Lunatic asylums United Provinces 1909-1921 - 1909-1921
Year: 1909
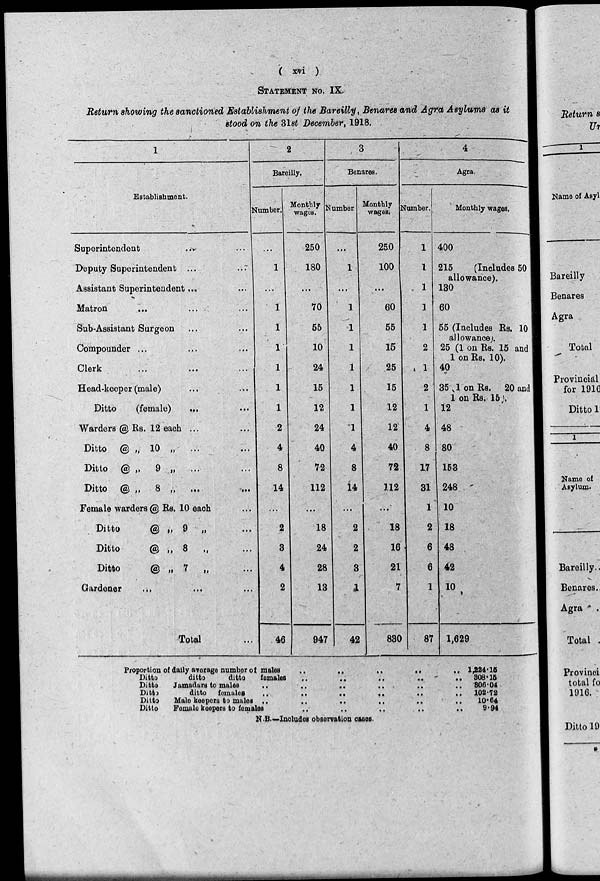
( xvi )
STATEMENT NO. IX.
Return showing the sanctioned Establishment of the Bareilly, Benares and Agra Asylums as it
stood on the 31st December, 1918.
1
Establishment.
Superintendent
...
...
Deputy Superintendent ... ...
Assistant Superintendent...
Matron
... ... ...
Sub-Assistant Surgeon ... ...
Compounder ... ... ...
Clerk ... ... ...
Head-keeper (male) ... ...
Ditto
(female) ... ...
Warders @ Rs. 12 each ... ...
Ditto
@ „ 10 „ ... ...
Ditto @ „ 9 „ ... ...
Ditto @ „ 8 „ ... ...
Female warders @ Rs. 10 each ...
Ditto
@ „ 9 „ ...
Ditto
@ „ 8 „ ...
Ditto
@ „ 7 „ ...
Gardener ... ... ...
Total ...
2
Bareilly.
Number.
...
1
...
1
1
1
1
1
1
2
4
8
14
...
2
3
4
2
46
Monthly
wages.
250
180
...
70
55
10
24
15
12
24
40
72
112
...
18
24
28
13
947
3
Benares.
Number
...
1
...
1
1
1
1
1
1
1
4
8
14
...
2
2
3
1
42
Monthly
wages.
250
100
...
60
55
15
25
15
12
12
40
72
112
...
18
16
21
7
830
4
Agra.
Number.
1
1
1
1
1
2
1
2
1
4
8
17
31
1
2
6
6
1
87
Monthly wages.
400
215
(Includes 50
allowance).
130
60
55 (Includes Rs. 10
allowance).
25 (1 on Rs. 15 and
1 on Rs. 10).
40
35 1 on Rs. 20 and
1 on Rs. 15.
12
48
80
153
248
10
18
48
42
10
1,629
Proportion of daily average number of males
..
..
..
..
..
Ditto
ditto
ditto
females
..
..
..
..
..
Ditto
Jamadars to males
..
..
..
..
..
Ditto
ditto females
..
..
..
..
..
Ditto
Male keepers to males
..
..
..
..
..
..
Ditto
Female keepers to females
..
..
..
..
..
1,224.15
308.15
306.04
102.72
10.64
9.94
N.B.—Includes observation cases.